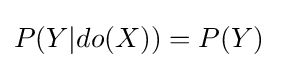
P(Y|do(X))=P(Y)~